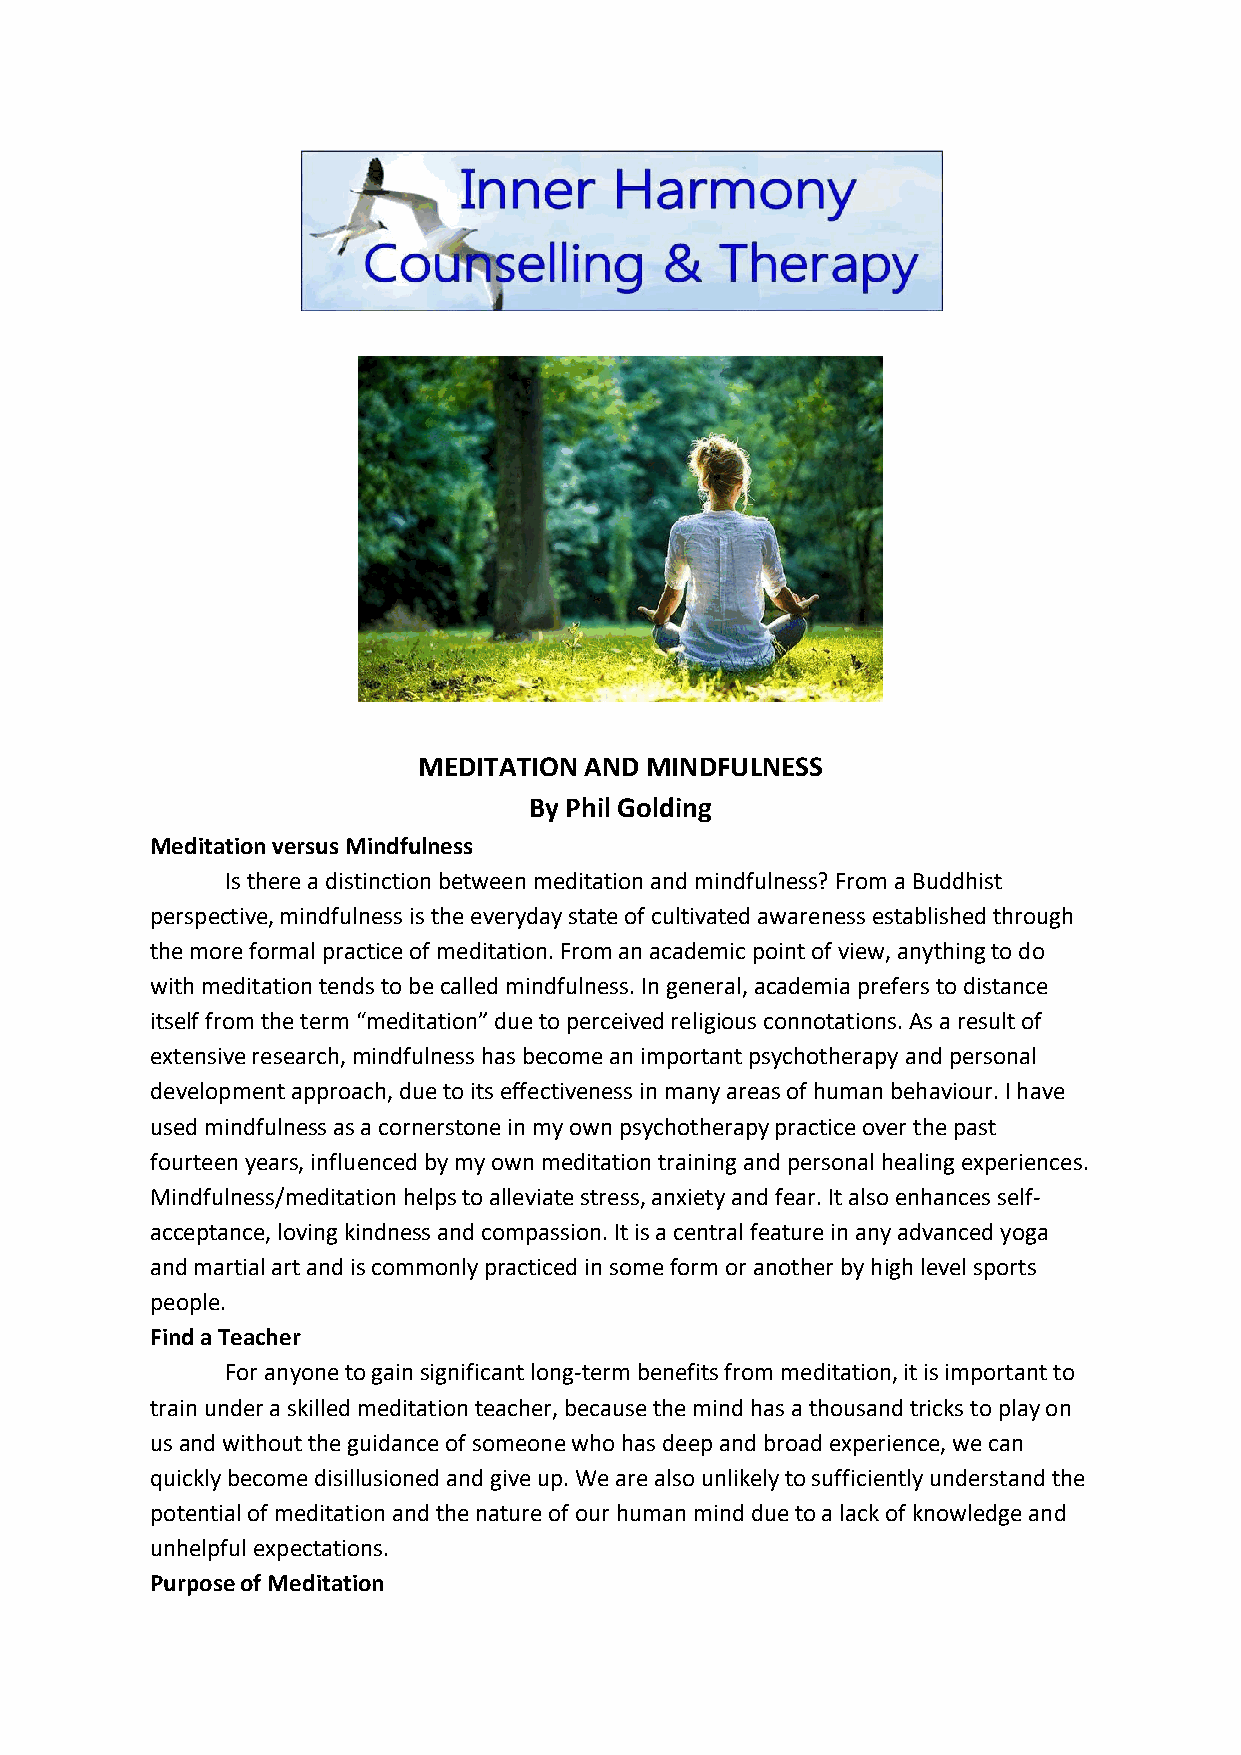
MEDITATION AND MINDFULNESS
 By Phil Golding
 Meditation versus Mindfulness
 Is there a distinction between meditation and mindfulness? From a Buddhist
 perspective, mindfulness is the everyday state of cultivated awareness established through
 the more formal practice of meditation. From an academic point of view, anything to do
 with meditation tends to be called mindfulness. In general, academia prefers to distance
 itself from the term “meditation” due to perceived religious connotations. As a result of
 extensive research, mindfulness has become an important psychotherapy and personal
 development approach, due to its effectiveness in many areas of human behaviour. I have
 used mindfulness as a cornerstone in my own psychotherapy practice over the past
 fourteen years, influenced by my own meditation training and personal healing experiences.
 Mindfulness/meditation helps to alleviate stress, anxiety and fear. It also enhances self-
 acceptance, loving kindness and compassion. It is a central feature in any advanced yoga
 and martial art and is commonly practiced in some form or another by high level sports
 people.
 Find a Teacher
 For anyone to gain significant long-term benefits from meditation, it is important to
 train under a skilled meditation teacher, because the mind has a thousand tricks to play on
 us and without the guidance of someone who has deep and broad experience, we can
 quickly become disillusioned and give up. We are also unlikely to sufficiently understand the
 potential of meditation and the nature of our human mind due to a lack of knowledge and
 unhelpful expectations.
 Purpose of Meditation